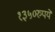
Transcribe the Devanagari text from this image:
१३५०रुपये